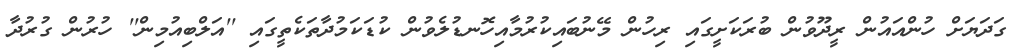
ގަދަޔަށް ހުންއައުން ރީދޫވުން ބުރަކަށީގައި ރިހުން މޭނުބައިކުރުމާއިހޮނޑުލެވުން ކުޑަކަމުދާތަކެތީގައި ''އަލްބިއުމިން'' ހުރުން ގުރުދާ